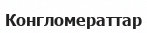
Конгломераттар